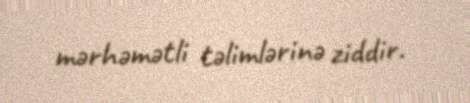
mərhəmətli təlimlərinə ziddir.